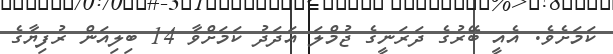
ކަމަށެވެ. އެއީ ބޭރުގެ ދަރަނީގެ ޖުމްލަ އަދަދު ކަމަށްވާ 14 ބިލިއަން ރުފިޔާގެ